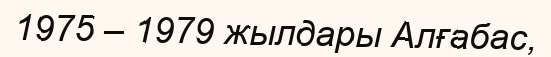
1975 – 1979 жылдары Алғабас,